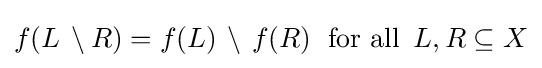
f(L\,\setminus R)=f(L)\,\setminus \,f(R)\;{\text{ for all }}\,L,R\subseteq X